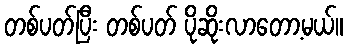
တစ်ပတ်ပြီး တစ်ပတ် ပိုဆိုးလာတော့မယ်။